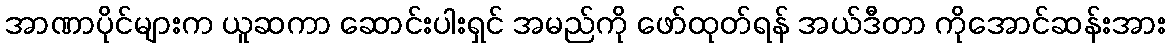
အာဏာပိုင်များက ယူဆကာ ဆောင်းပါးရှင် အမည်ကို ဖော်ထုတ်ရန် အယ်ဒီတာ ကိုအောင်ဆန်းအား